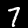
Digit: 7